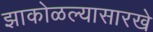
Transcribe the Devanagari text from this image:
झाकोळल्यासारखे